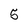
Character: 5